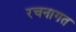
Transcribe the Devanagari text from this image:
रचनागत